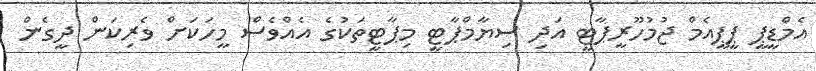
އެމްޑީޕީ ޕީޕީއެމް ޖުމުހޫރީޕާޓީ އަދި ސިޔާމްޕާޓީ މިޕާޓީތަކުގެ އެއްވެސް މީހަކަށް ވެރިކަން ދީގެން